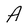
Character: A